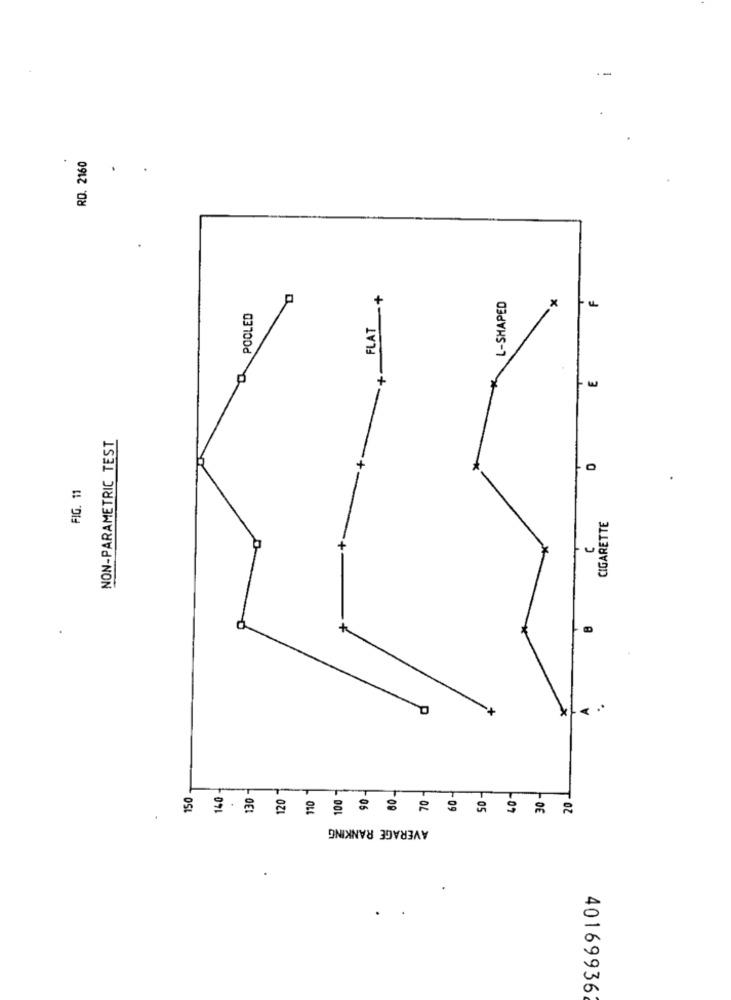
--
RD. 2160
+
L-SHAPED
X
POOLED
FLAT
+
NON-PARAMETRIC TEST
+
0
FIG. 11
CIGARETTE
C
150
140.
30
20
AVERAGE RANKING
401699362